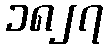
၁၈၂၇